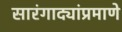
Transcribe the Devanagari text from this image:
सारंगाद्यांप्रमाणे